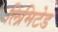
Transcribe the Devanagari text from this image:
लिमिटेड